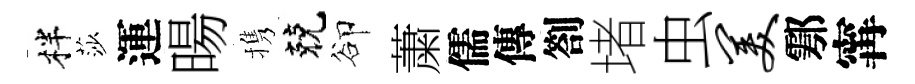
柈莎運暘携兢卻䔥儒傳劄堵虫美鄠𡩋